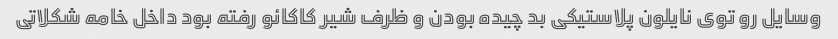
وسایل رو توی نایلون پلاستیکی بد چیده بودن و ظرف شیر کاکائو رفته بود داخل خامه شکلاتی